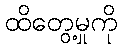
ထိတွေ့မှုကို